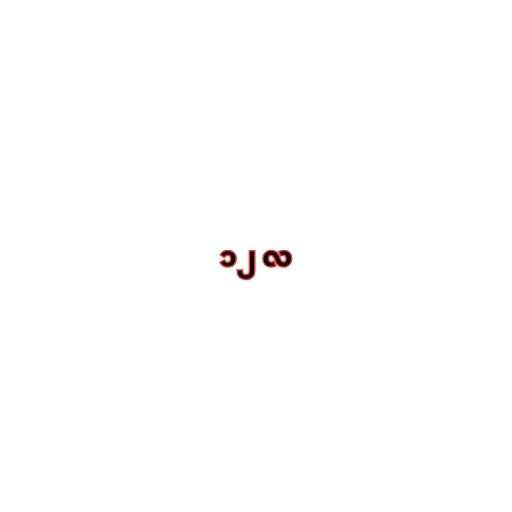
၁၂ လ